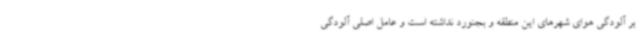
بر آلودگی هوای شهرهای این منطقه و بجنورد نداشته است و عامل اصلی آلودگی